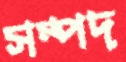
সম্পদ